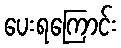
ပေးရကြောင်း